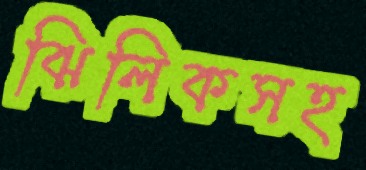
ঝিলিকসহ